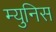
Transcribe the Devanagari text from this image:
म्युनिस